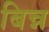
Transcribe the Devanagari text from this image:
बिन्न